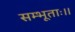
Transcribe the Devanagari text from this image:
सम्भूताः।।